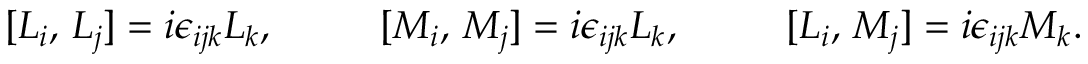
[ L _ { i } , \, L _ { j } ] = i \epsilon _ { i j k } L _ { k } , \ \ \ \ \ \ \ \ [ M _ { i } , \, M _ { j } ] = i \epsilon _ { i j k } L _ { k } , \ \ \ \ \ \ \ \ [ L _ { i } , \, M _ { j } ] = i \epsilon _ { i j k } M _ { k } .